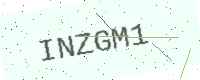
Text: INZGM1